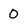
Character: 0